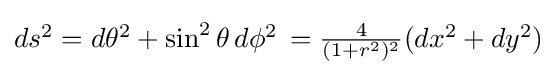
\textstyle ds^{2}=d\theta ^{2}+\sin ^{2}\theta \,d\phi ^{2}\,={\frac {4}{(1+r^{2})^{2}}}(dx^{2}+dy^{2})